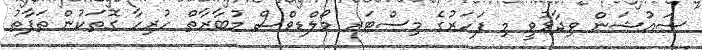
ސައުޝަން ވިދާޅުވީ މި ފަހަރުގެ މިސްޓަރ މޯލްޑިވްސް މުބާރާތް ހުރިހާ ގޮތަކުން ތަފާތު